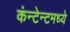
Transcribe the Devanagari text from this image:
कंन्टेन्टमध्ये